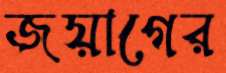
জয়াগের